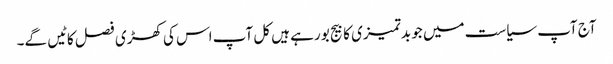
آج آپ سیاست میں جو بدتمیزی کا بیج بو رہے ہیں کل آپ اس کی کھڑی فصل کاٹیں گے۔